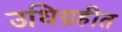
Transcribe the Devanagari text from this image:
उधिग्रहीत